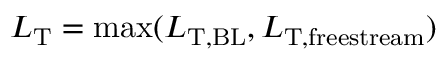
L _ { \mathrm { T } } = \operatorname* { m a x } ( L _ { \mathrm { T } , \mathrm { B L } } , L _ { \mathrm { T } , \mathrm { f r e e s t r e a m } } )